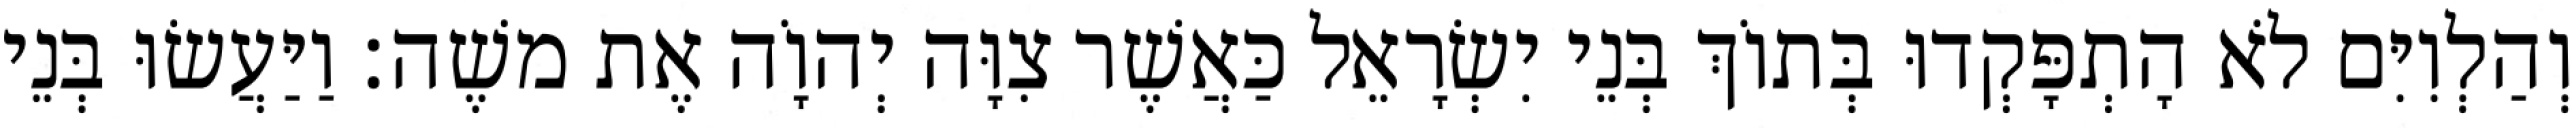
וְהַלְוִיִּם לֹא הָתְפָּקְדוּ בְּתוֹךְ בְּנֵי יִשְׂרָאֵל כַּאֲשֶׁר צִוָּה יְהוָֹה אֶת משֶׁה׃ וַיַּעֲשׂוּ בְּנֵי